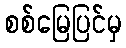
စစ်မြေပြင်မှ